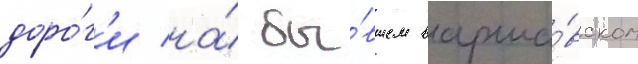
доро́г'и на́ бы́вшем варша́вском